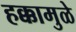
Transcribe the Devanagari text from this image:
हक्कामुळे